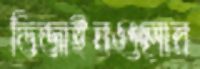
ডিজাইনগুলোর